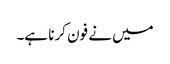
میں نے فون کرنا ہے۔